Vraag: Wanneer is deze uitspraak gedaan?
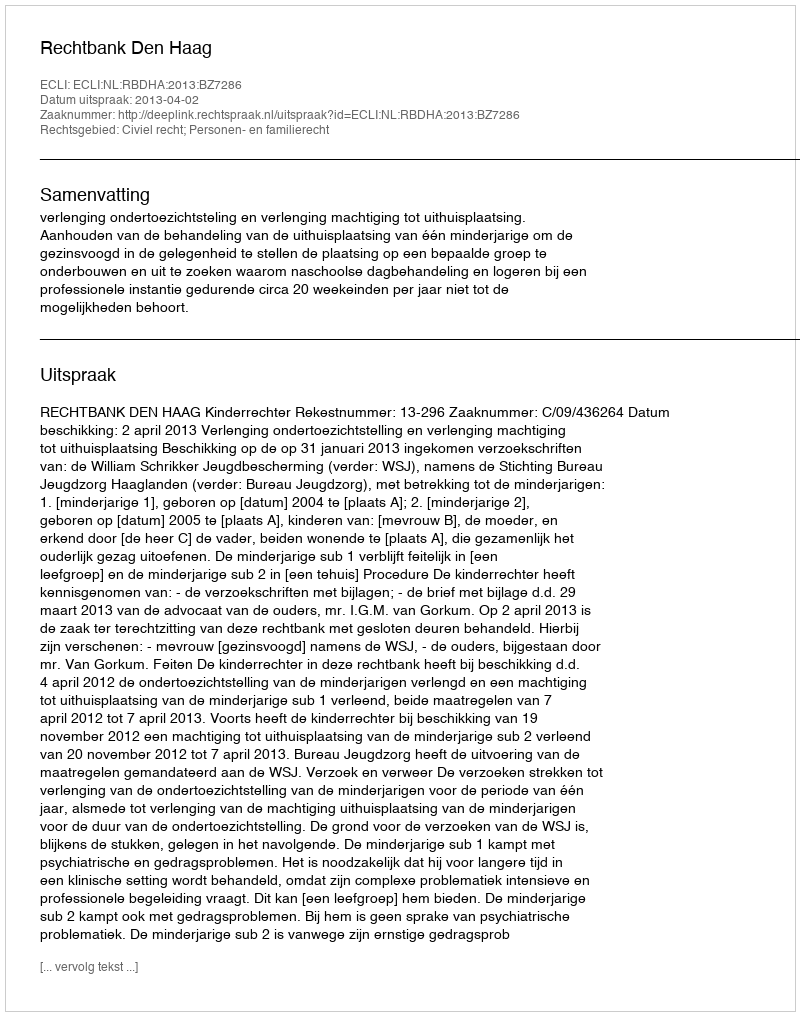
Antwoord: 2013-04-02